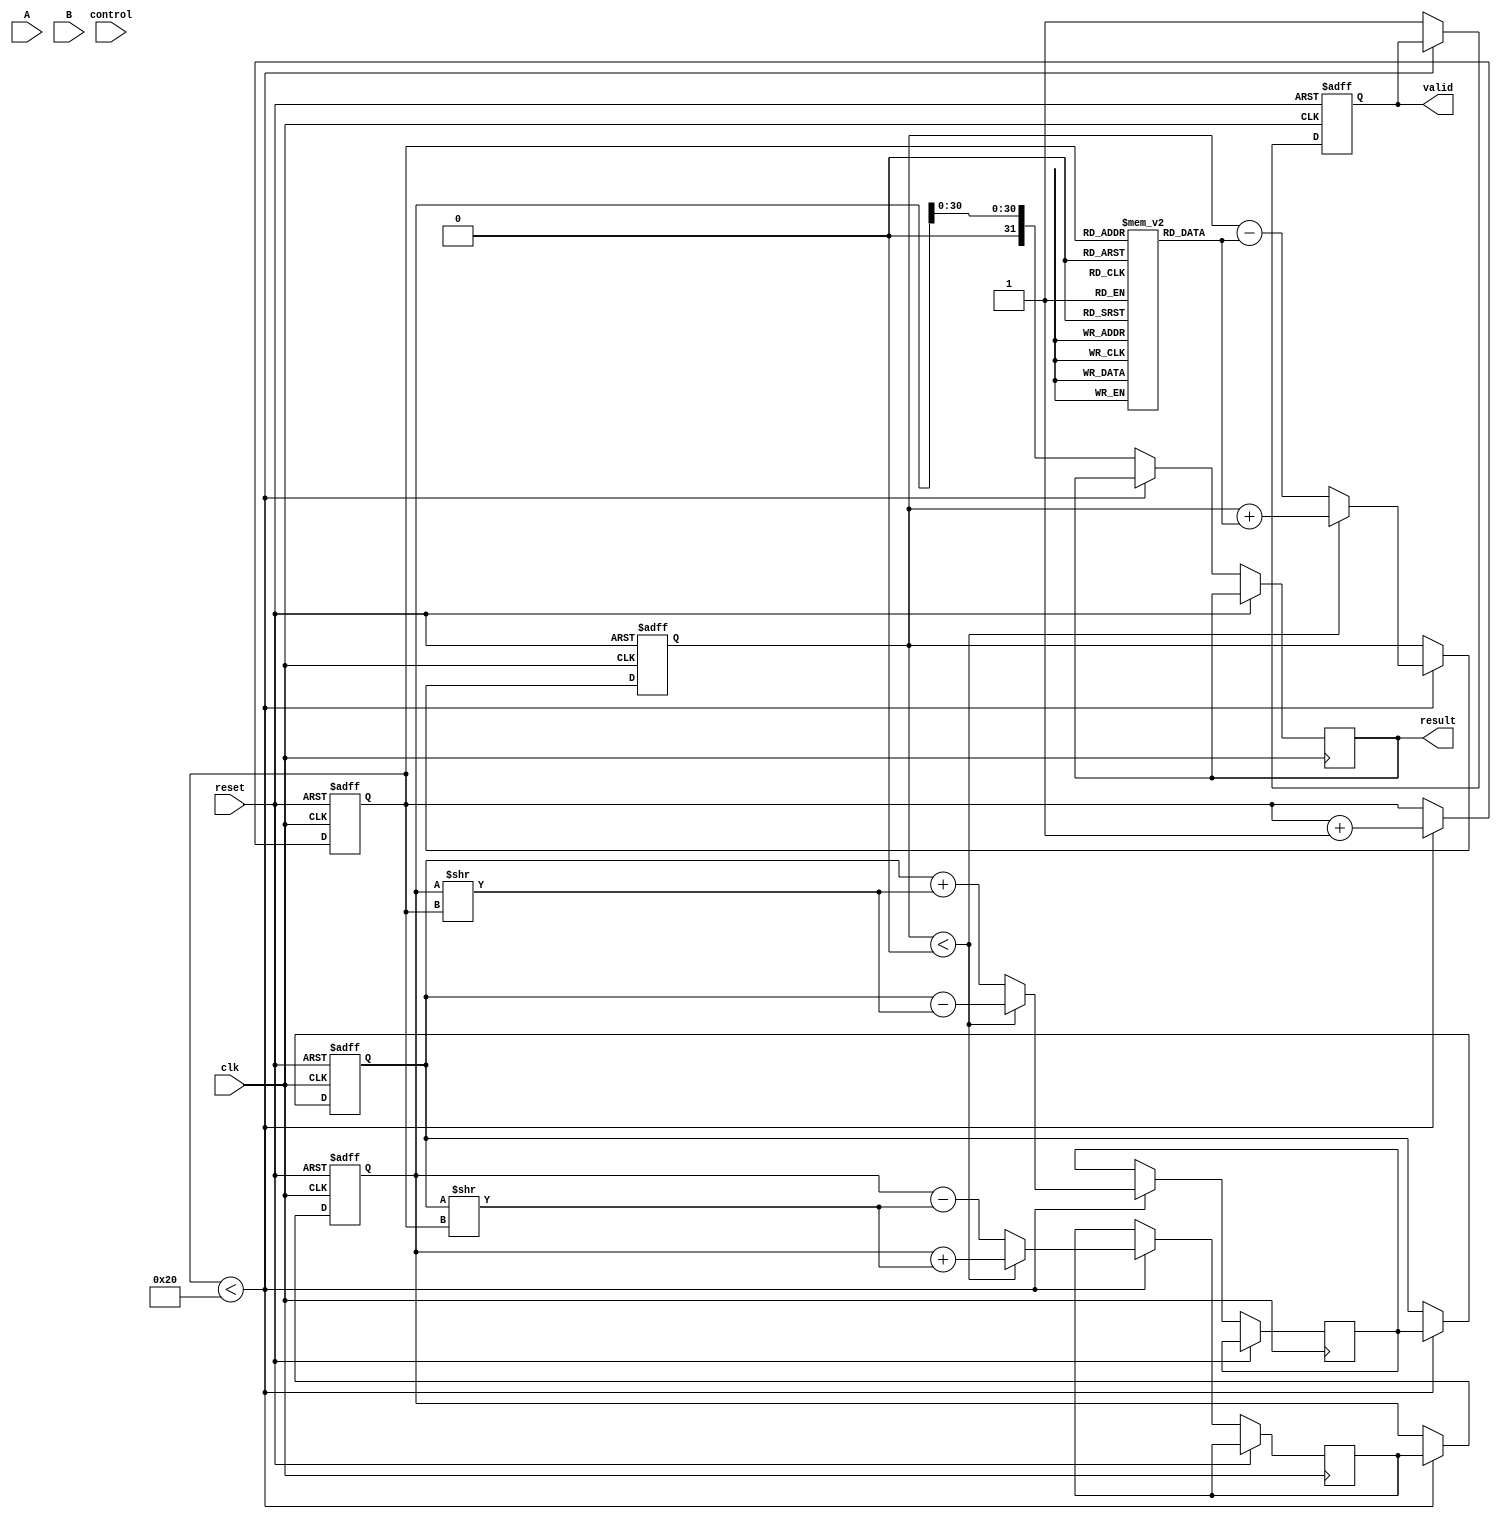
module cordic_fp (
    input wire clk,
    input wire reset,
    input wire [31:0] A, // IEEE 754 single-precision floating-point input
    input wire [31:0] B, // IEEE 754 single-precision floating-point input
    input wire [2:0] control, // Control signal for operation
    output reg [31:0] result, // Result in IEEE 754 format
    output reg valid // Output valid signal
);

    // Internal signals
    reg [31:0] x, y, z; // x, y coordinates and angle
    reg [31:0] angle_table [0:31]; // Pre-computed angle table
    reg [4:0] i; // Iteration counter
    reg [31:0] temp_x, temp_y; // Temporary variables for calculations
    reg [31:0] scale_factor; // Scaling factor for CORDIC

    // Initialize angle table (in radians)
    initial begin
        angle_table[0] = 32'h00000000; // 0
        angle_table[1] = 32'h3F19999A; // /4
        angle_table[2] = 32'h3F2AAAAB; // /8
        angle_table[3] = 32'h3F2C8F5C; // /16
        // ... Fill in the rest of the angle values
    end

    // CORDIC processing
    always @(posedge clk or posedge reset) begin
        if (reset) begin
            x <= 32'h00000000; // Initialize x
            y <= 32'h00000000; // Initialize y
            z <= 32'h00000000; // Initialize z
            i <= 0; // Reset iteration counter
            valid <= 0; // Output not valid
        end else begin
            case (control)
                3'b000: begin // Addition
                    // CORDIC addition logic
                    // Convert A and B to x, y coordinates
                    // Perform CORDIC rotations
                end
                3'b001: begin // Subtraction
                    // CORDIC subtraction logic
                    // Convert A and B to x, y coordinates
                    // Perform CORDIC rotations
                end
                3'b010: begin // Multiplication
                    // CORDIC multiplication logic
                    // Convert A and B to x, y coordinates
                    // Perform CORDIC rotations
                end
                3'b011: begin // Division
                    // CORDIC division logic
                    // Convert A and B to x, y coordinates
                    // Perform CORDIC rotations
                end
                3'b100: begin // Trigonometric functions
                    // CORDIC trigonometric function logic
                    // Convert angle to x, y coordinates
                    // Perform CORDIC rotations
                end
                default: begin
                    // Handle invalid control signals
                end
            endcase

            // Update x, y based on CORDIC equations
            if (i < 32) begin
                // Determine direction based on z
                if (z < 0) begin
                    temp_x <= x + (y >> i);
                    temp_y <= y - (x >> i);
                    z <= z + angle_table[i];
                end else begin
                    temp_x <= x - (y >> i);
                    temp_y <= y + (x >> i);
                    z <= z - angle_table[i];
                end
                x <= temp_x;
                y <= temp_y;
                i <= i + 1;
            end else begin
                // Finalize result
                result <= {1'b0, x[30:0]}; // Convert back to floating-point
                valid <= 1; // Output valid
            end
        end
    end
endmodule